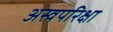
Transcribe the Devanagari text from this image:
अस्वपरिक्षा